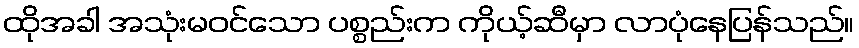
ထိုအခါ အသုံးမဝင်သော ပစ္စည်းက ကိုယ့်ဆီမှာ လာပုံနေပြန်သည်။